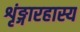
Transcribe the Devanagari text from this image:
शृंङ्गारहास्य